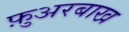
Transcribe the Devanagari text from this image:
फ़ुअरबाख